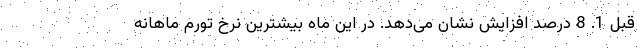
قبل 1. 8 درصد افزایش نشان می‌دهد. در این ماه بیشترین نرخ تورم ماهانه